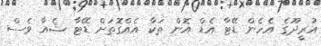
އުރީދޫގެ އެހެން ޑޭޓާ އެޑް އޮން ތަކާ އެއްގޮތަށް ޑޭޓާ ޝެއާ ވެސް